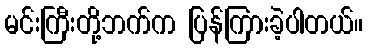
မင်းကြီးတို့ဘက်က ပြန်ကြားခဲ့ပါတယ်။